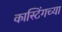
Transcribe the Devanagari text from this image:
कास्टिंगच्या